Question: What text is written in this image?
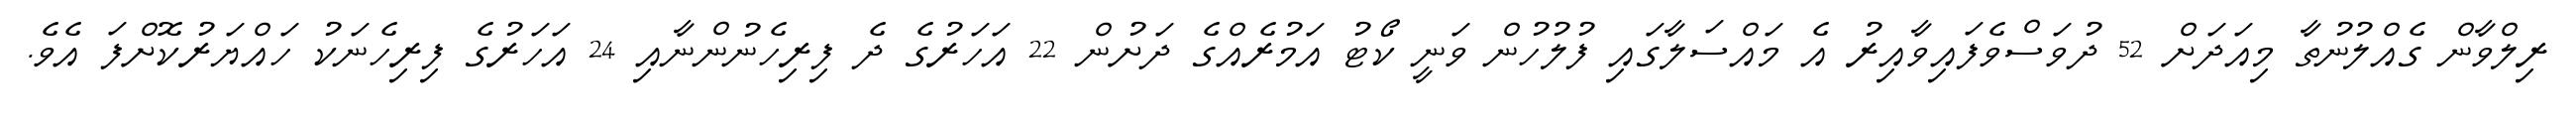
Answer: ރިލްވާން ގެއްލުނުތާ މިއަދަށް 52 ދުވަސްވެފައިވާއިރު އެ މައްސަލާގައި ފުލުހުން ވަނީ ކޯޓު އަމުރެއްގެ ދަށުން 22 އަހަރުގެ ދެ ފިރިހެނުންނާއި 24 އަހަރުގެ ފިރިހެނަކު ހައްޔަރުކޮށްފަ އެވެ.